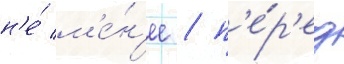
н'е́ м'е́н'ее / п'е́р'ед